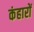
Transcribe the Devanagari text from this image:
कंहारों